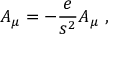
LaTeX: { { \cal A } } _ { \mu } = - \frac { e } { s ^ { 2 } } A _ { \mu } \, \, ,